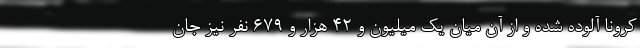
کرونا آلوده شده‌ و از آن میان یک میلیون و ۴۲ هزار و ۶۷۹ نفر نیز جان